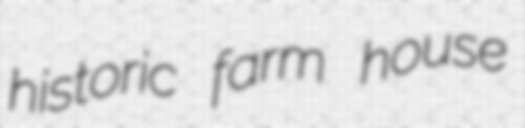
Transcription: historic farm house